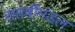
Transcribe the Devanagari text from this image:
सप्तर्षीमंडल